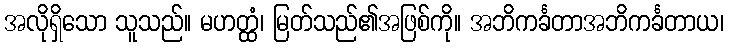
အလိုရှိသော သူသည်။ မဟတ္ထံ၊ မြတ်သည်၏အဖြစ်ကို။ အဘိကင်္ခတာအဘိကင်္ခတာယ၊